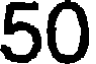
50